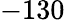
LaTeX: -130